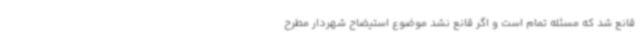
قانع شد که مسئله تمام است و اگر قانع نشد موضوع استیضاح شهردار مطرح